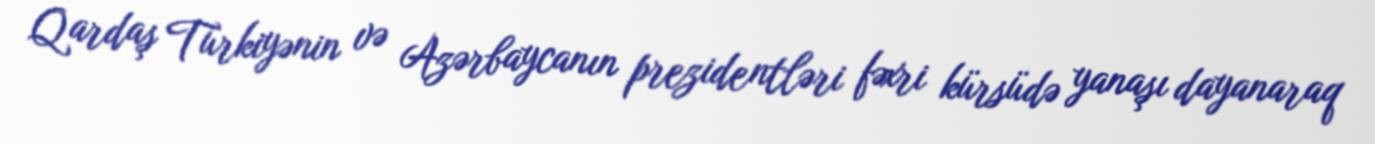
Qardaş Türkiyənin və Azərbaycanın prezidentləri fəxri kürsüdə yanaşı dayanaraq